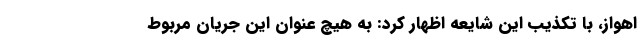
اهواز، با تکذیب این شایعه اظهار کرد: به هیچ عنوان این جریان مربوط